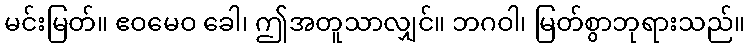
မင်းမြတ်။ ဧဝမေဝ ခေါ၊ ဤအတူသာလျှင်။ ဘဂဝါ၊ မြတ်စွာဘုရားသည်။